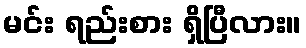
မင်း ရည်းစား ရှိပြီလား။